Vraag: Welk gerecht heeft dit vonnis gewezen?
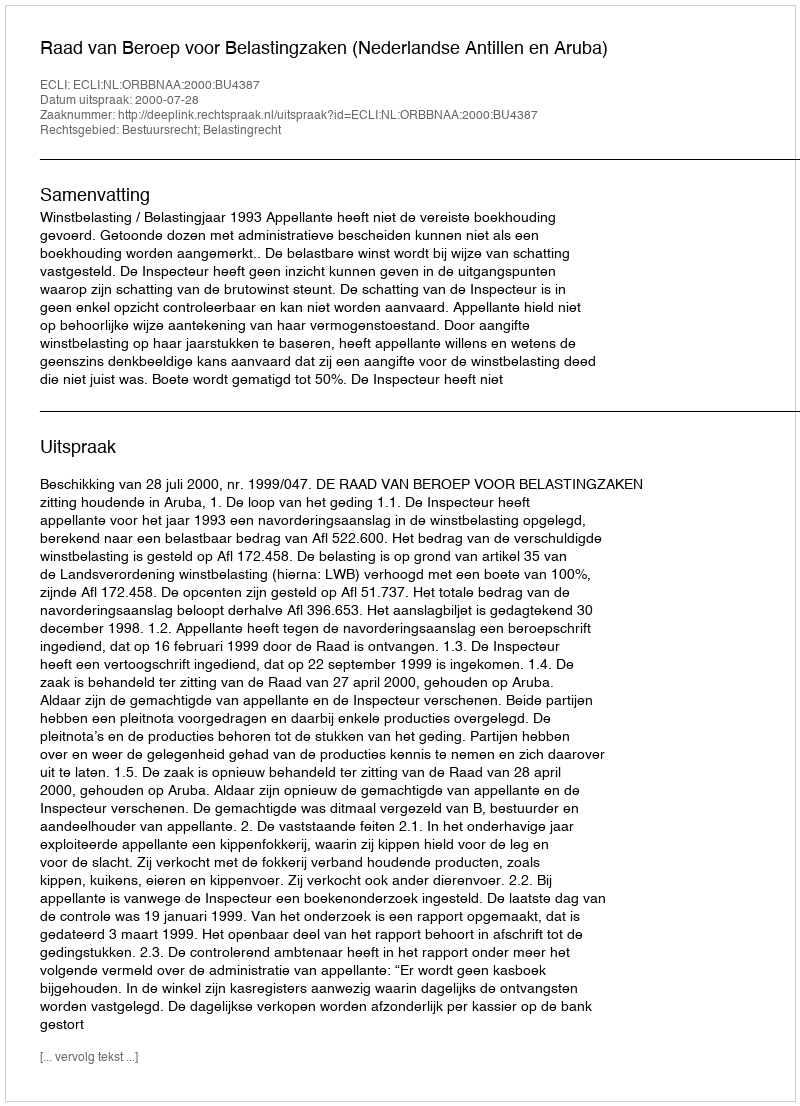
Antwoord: Raad van Beroep voor Belastingzaken (Nederlandse Antillen en Aruba)